Annual report of the Imperial Bacteriologist
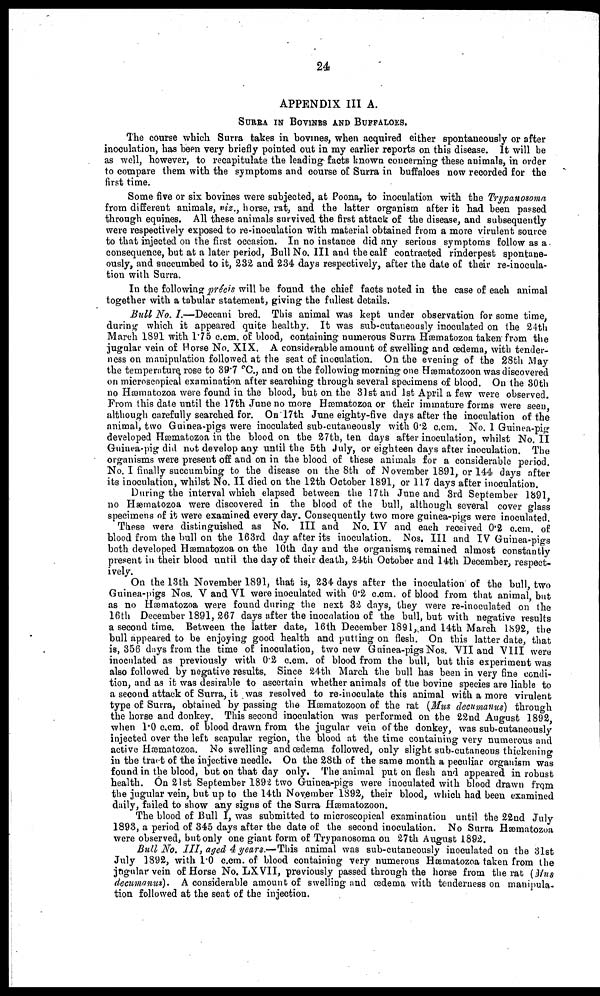
24
APPENDIX III A.
SURRA IN BOVINES AND BUFFALOES.
The course which Surra takes in bovines, when acquired either spontaneously or after
inoculation, has been very briefly pointed out in my earlier reports on this disease. It will be
as well, however, to recapitulate the leading facts known concerning these animals, in order
to compare them with the symptoms and course of Surra in buffaloes now recorded for the
first time.
Some five or six bovines were subjected, at Poona, to inoculation with the Trypanosoma
from different animals, viz., horse, rat, and the latter organism after it had been passed
through equines. All these animals survived, the first attack of the disease, and subsequently
were respectively exposed to re-inoculation with material obtained from a more virulent source
to that injected on the first occasion. In no instance did any serious symptoms follow as a
consequence, but at a later period, Bull No. III and the calf contracted rinderpest spontane-
ously, and succumbed to it, 232 and 234 days respectively, after the date of their re-inocula-
tion with Surra.
In the following précis will be found the chief facts noted in the case of each animal
together with a tabular statement, giving the fullest details.
Bull No. I.—Deccani bred. This animal was kept under observation for some time,
during which it appeared quite healthy. It was sub-cutaneously inoculated on the 24th
March 1891 with 1.75 c.cm. of blood, containing numerous Surra Hæmatozoa taken from the
jugular vein of Horse No. XIX. A considerable amount of swelling and œdema, with tender-
ness on manipulation followed at the seat of inoculation. On the evening of the 28th May
the temperature rose to 39.7 °C., and on the following morning one Hæmatozoon was discovered
on microscopical examination after searching through several specimens of blood. On the 30th
no Hæmatozoa were found in the blood, but on the 31st and 1st April a few were observed.
From this date until the 17th June no more Hæmatozoa or their immature forms were seen,
although carefully searched for. On 17th June eighty-five days after the inoculation of the
animal, two Guinea-pigs were inoculated sub-cutaneously with 0.2 c.cm. No. 1 Guinea-pig
developed Hæmatozoa in the blood on the 27th, ten days after inoculation, whilst No. II
Guinea pig did not develop any until the 5th July, or eighteen days after inoculation. The
organisms were present off and on in the blood of these animals for a considerable period.
No. I finally succumbing to the disease on the 8th of November 1891, or 144 days after
its inoculation, whilst No. II died on the 12th October 1891, or 117 days after inoculation.
During the interval which elapsed between the 17th June and 3rd September 1891
no Hæmatozoa were discovered in the blood of the bull, although several cover glass
specimens of it were examined every day. Consequently two more guinea-pigs were inoculated.
These were distinguished as No. III and No. IV and each received 0.2 c.cm. of
blood from the bull on the 163rd day after its inoculation. Nos. III and IV Guinea-pigs
both developed Hæmatozoa on the 10th day and the organisms remained almost constantly
present in their blood until the day of their death, 24th October and 14th December, respect-
ively.
On the 13th November 1891, that is, 234 days after the inoculation of the bull, two
Guinea-pigs Nos. V and VI were inoculated with 0.2 c.cm. of blood from that animal, but
as no Hæmatozoa were found during the next 32 days, they were re-inoculated on the
16th December 1891, 267 days after the inoculation of the bull, but with negative results
a second time. Between the latter date, 16th December 1891, and 14th March 1892, the
bull appeared to be enjoying good health and putting on flesh. On this latter date, that
is, 356 days from the time of inoculation, two new Guinea-pigs Nos. VII and VIII were
inoculated as previously with 0.2 c.cm. of blood from the bull, but this experiment was
also followed by negative results. Since 24th March the bull has been in very fine condi-
tion, and as it was desirable to ascertain whether animals of the bovine species are liable to
a second attack of Surra, it was resolved to re-inoculate this animal with a more virulent
type of Surra, obtained by passing the Hæmatozoon of the rat (Mus decumanus) through
the horse and donkey. This second inoculation was performed on the 22nd August 1892,
when 1.0 c.cm. of blood drawn from the jugular vein of the donkey, was sub-cutaneously
injected over the left scapular region, the blood at the time containing very numerous and
active Hæmatozoa. No swelling and œdema followed, only slight sub-cutaneous thickening
in the tract of the injective needle. On the 28th of the same month a peculiar organism was
found in the blood, but on that day only. The animal put on flesh and appeared in robust
health. On 21st September 1892 two Guinea-pigs were inoculated with blood drawn from
the jugular vein, but up to the 14th November 1892, their blood, which had been examined
daily, failed to show any signs of the Surra Hæmatozoon.
The blood of Bull I, was submitted to microscopical examination until the 22nd July
1893, a period of 345 days after the date of the second inoculation. No Surra Hæmatozoa
were observed, but only one giant form of Trypanosoma on 27th August 1892.
Bull No. III, aged 4 years.—This animal was sub-cutaneously inoculated on the 31st
July 1892, with 1.0 c.cm. of blood containing very numerous Hæmatozoa taken from the
jugular vein of Horse No. LXVII, previously passed through the horse from the rat (Mus
decumanus). A considerable amount of swelling and œdema with tenderness on manipula-
tion followed at the seat of the injection.